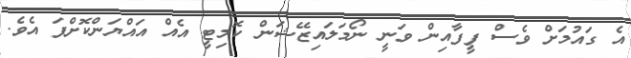
އެ ގައުމަށް ވެސް ފީފާއިން ވަނީ ނޯމަލައިޒޭޝަން ކޮމިޓީ އެއް އައްޔަންކޮށްފަ އެވެ.